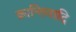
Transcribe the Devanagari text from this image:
क्रान्तिवादि